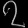
Digit: ၇